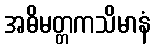
အဓိမတ္တကသိမာနံ